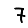
Digit: 7